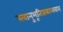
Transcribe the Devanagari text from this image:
स्वानुभूतिप्रकाशवान्